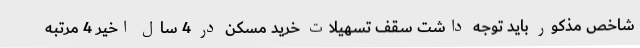
شاخص مذکور باید توجه داشت سقف تسهیلات خرید مسکن در 4 سال اخیر 4 مرتبه